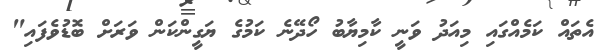
އެތައް ކަމެއްގައި މިއަދު ވަނީ ކާމިޔާބު ހޯދޭނެ ކަމުގެ ޔަގީންކަން ވަރަށް ބޮޑުވެފައި"